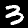
Digit: 3